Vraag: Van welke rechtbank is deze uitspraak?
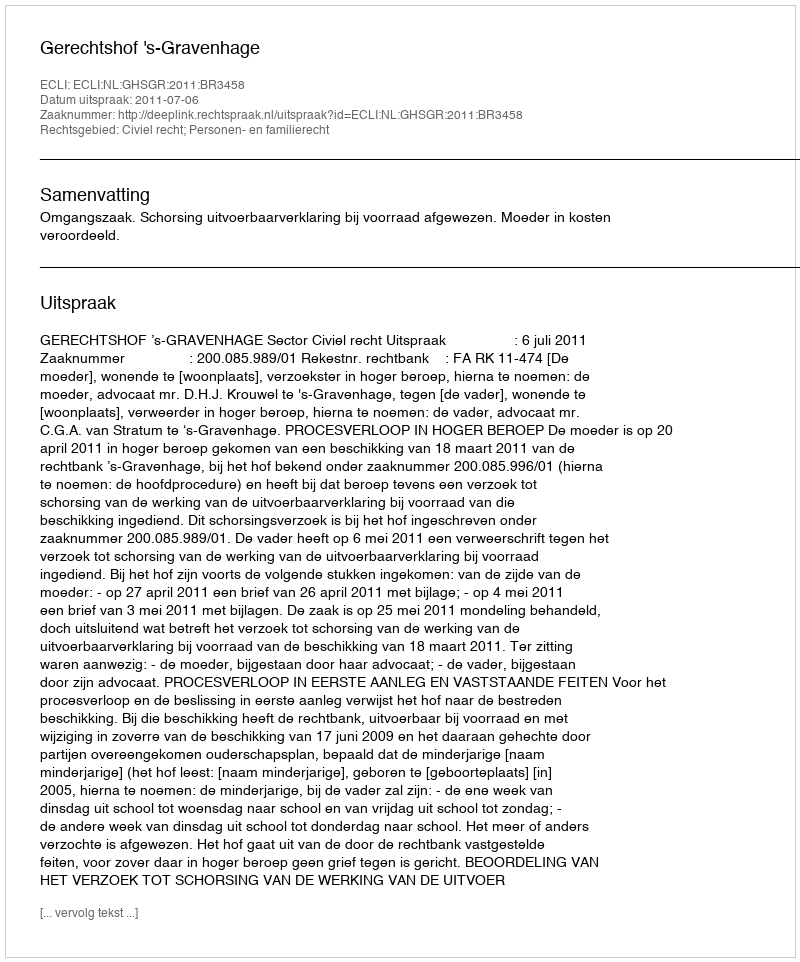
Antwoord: Gerechtshof 's-Gravenhage